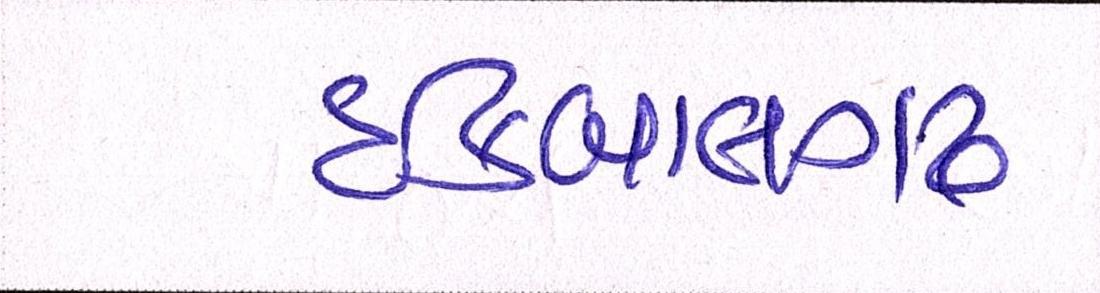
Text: ઇકબાલગઢ